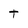
Character: t